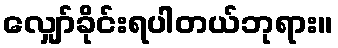
လျှော်ခိုင်းရပါတယ်ဘုရား။